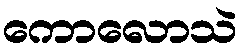
ကောလောသဲ